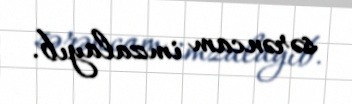
sərəncam imzalayıb.